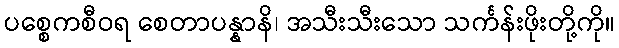
ပစ္စေကစီဝရ စေတာပန္နာနိ၊ အသီးသီးသော သင်္ကန်းဖိုးတို့ကို။